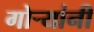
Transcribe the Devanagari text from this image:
गोर्‍यांनी